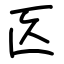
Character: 匛